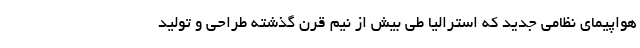
هواپیمای نظامی جدید که استرالیا طی بیش از نیم قرن گذشته طراحی و تولید